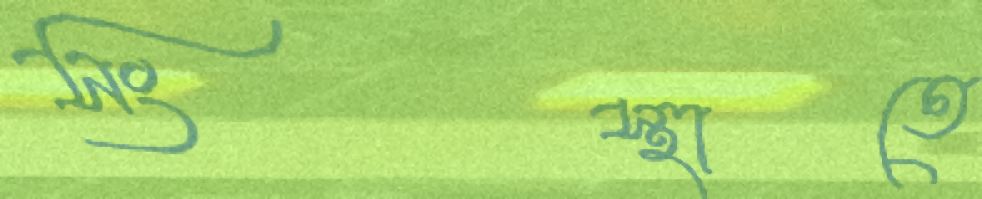
সংস্থাতে